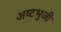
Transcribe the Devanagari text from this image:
अष्‍टभुजी